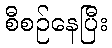
စီစဉ်နေပြီး